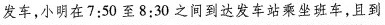
发车，小明在7:50至8:30之间到达发车站乘坐班车，且到